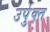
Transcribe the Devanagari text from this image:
उर्पुक्त